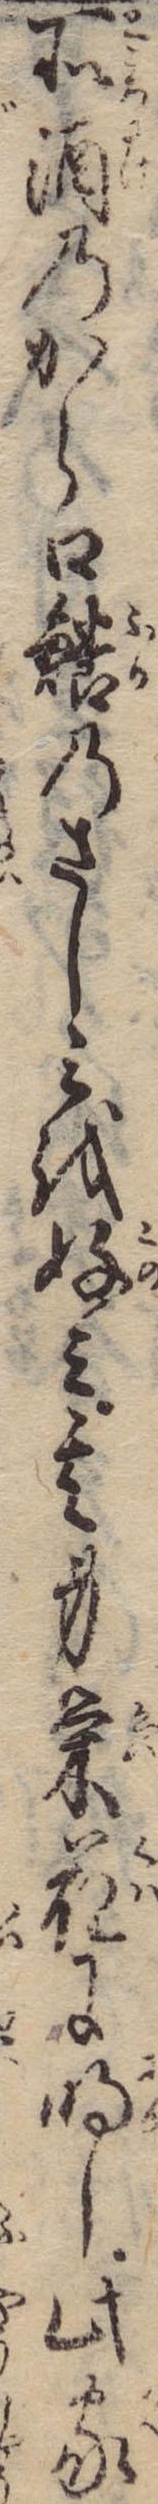
所酒のから口鱶のさしみを好み其身栄花に明し此家